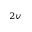
_ { 2 v }